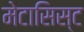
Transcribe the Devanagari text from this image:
मेटासिस्ट